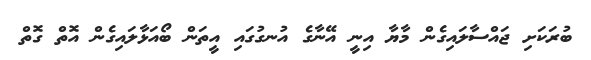
ބުރަކަށި ޖައްސާލައިގެން މާޔާ އިނީ އޭނާގެ އުނގުގައި އީތަން ބޯއަޅާލައިގެން އޮތް ގޮތް